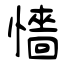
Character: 懎